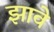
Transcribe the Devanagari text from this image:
झावे